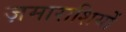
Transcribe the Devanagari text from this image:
ज़माराशियों